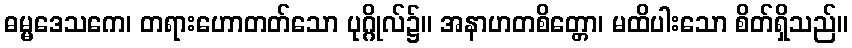
ဓမ္မဒေသကေ၊ တရားဟောတတ်သော ပုဂ္ဂိုလ်၌။ အနာဟတစိတ္တော၊ မထိပါးသော စိတ်ရှိသည်။